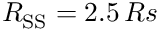
R _ { \mathrm { S S } } = 2 . 5 \, R s